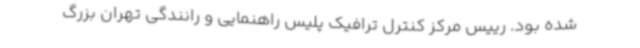
شده بود. رییس مرکز کنترل ترافیک پلیس راهنمایی و رانندگی تهران بزرگ